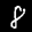
Label: 8